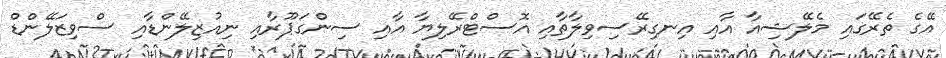
އޭގެ ތެރޭގައި މެލޭޝިއާ އާއި އިނގިރޭސިވިލާތާއި އޮސްޓްރޭލިޔާ އާއި ސިންގަޕޫރާއި ނިއުޒިލޭންޑާއި ސްވިޒަލޭންޑް